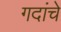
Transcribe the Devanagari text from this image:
गदांचे